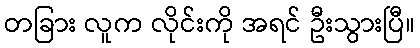
တခြား လူက လိုင်းကို အရင် ဦးသွားပြီ။